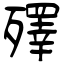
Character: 殬